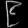
Digit: ၉